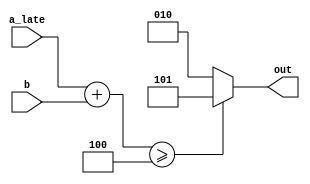
`timescale 1ns / 1ps
//////////////////////////////////////////////////////////////////////////////////
// Company: 
// Engineer: 
// 
// Design Name: 
// Module Name:    adld_hw 
// Project Name: 
// Target Devices: 
// Tool versions: 
// Description: 
//
// Dependencies: 
//
// Revision: 
// Revision 0.01 - File Created
// Additional Comments: 
//
//////////////////////////////////////////////////////////////////////////////////
module adld_hw(
    input [2:0] a_late,
    input [2:0] b,
    output reg[2:0] out
    );

wire [2:0]max,c;
assign c = a_late+b;
//assign d = 3'b010;
assign max = 3'b100;

always @(c or max)
begin
if(c>=max)
 out = 3'b101;
else
 out = 3'b010;
end


endmodule